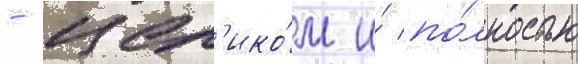
- цел'ико́м и́ по́лностью